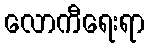
လောကီရေးရာ